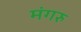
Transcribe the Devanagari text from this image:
मंगरु